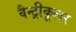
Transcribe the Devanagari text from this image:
वैन्ट्रीकूलर